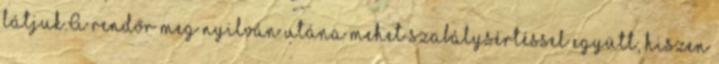
látjuk.A rendőr meg nyilván utána mehet szabálysértéssel együtt, hiszen